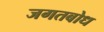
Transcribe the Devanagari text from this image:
जगतबोध